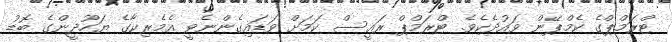
ޓްރަމްޕްގެ ކެމްޕޭން ވައުދެކެވެ. ޓްރަމްޕް ރައީސް ކަމަށް ވަޑައިގެންނެވީ އެމެރިކާގެ ޔަހޫދީންގެ ބޮޑު